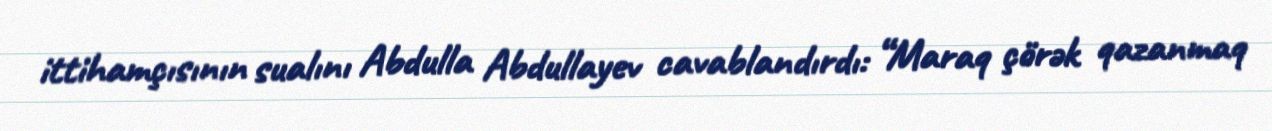
ittihamçısının sualını Abdulla Abdullayev cavablandırdı: “Maraq çörək qazanmaq